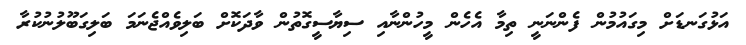
އަޅުގަނޑަށް މިގައުމުން ފެންނަނީ ތިމާ އެހެން މީހުންނާއި ސިޔާސީގޮތުން ވާދަކޮށް ބަލިވެއްޖެނަމަ ބަލިގަބޫލުނުކުރާ